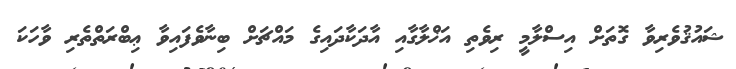
ޝައުޤުވެރިވާ ގޮތަށް އިސްލާމީ ރިވެތި އަޚްލާގާއި އާދަކާދައިގެ މައްޗަށް ބިނާވެފައިވާ ޢިބްރަތްތެރި ވާހަކަ